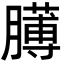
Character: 𦡰